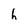
Character: h